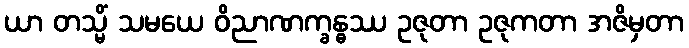
ယာ တသ္မိံ သမယေ ဝိညာဏက္ခန္ဓဿ ဥဇုတာ ဥဇုကတာ အဇိမှတာ